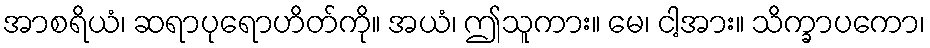
အာစရိယံ၊ ဆရာပုရောဟိတ်ကို။ အယံ၊ ဤသူကား။ မေ၊ ငါ့အား။ သိက္ခာပကော၊